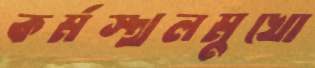
কর্মস্থলমুখো